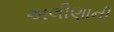
અલીણાની